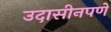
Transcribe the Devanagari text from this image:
उदासीनपणे